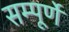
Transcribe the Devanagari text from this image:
सम्पूर्णे